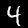
Digit: 4